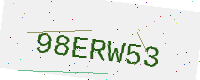
Text: 98ERW53